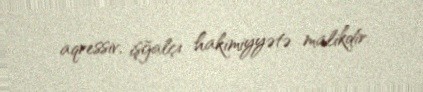
aqressiv, işğalçı hakimiyyətə malikdir.